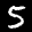
Label: 5